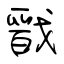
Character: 戩